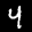
Label: 4